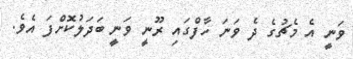
ވަނީ އެ މެޗުގެ ދެ ވަނަ ހާފްގައި ރޫނީ ވަނީ ބަދަލުކޮށްފަ އެވެ.